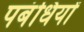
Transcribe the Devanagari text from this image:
पबंधियों